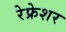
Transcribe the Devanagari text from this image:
रेफ्रेशर